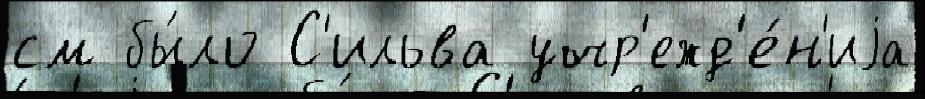
см бы́ло С'ильва учр'ежд'е́н'иjа